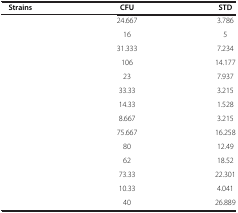
<table><thead><tr><td><b>Strains</b></td><td><b>CFU</b></td><td><b>STD</b></td></tr></thead><tbody><tr><td>[EMPTY_CELL]</td><td>24.667</td><td>3.786</td></tr><tr><td>[EMPTY_CELL]</td><td>16</td><td>5</td></tr><tr><td>[EMPTY_CELL]</td><td>31.333</td><td>7.234</td></tr><tr><td>[EMPTY_CELL]</td><td>106</td><td>14.177</td></tr><tr><td>[EMPTY_CELL]</td><td>23</td><td>7.937</td></tr><tr><td>[EMPTY_CELL]</td><td>33.33</td><td>3.215</td></tr><tr><td>[EMPTY_CELL]</td><td>14.33</td><td>1.528</td></tr><tr><td>[EMPTY_CELL]</td><td>8.667</td><td>3.215</td></tr><tr><td>[EMPTY_CELL]</td><td>75.667</td><td>16.258</td></tr><tr><td>[EMPTY_CELL]</td><td>80</td><td>12.49</td></tr><tr><td>[EMPTY_CELL]</td><td>62</td><td>18.52</td></tr><tr><td>[EMPTY_CELL]</td><td>73.33</td><td>22.301</td></tr><tr><td>[EMPTY_CELL]</td><td>10.33</td><td>4.041</td></tr><tr><td>[EMPTY_CELL]</td><td>40</td><td>26.889</td></tr></tbody></table>